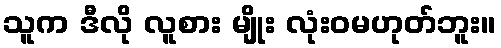
သူက ဒီလို လူစား မျိုး လုံးဝမဟုတ်ဘူး။